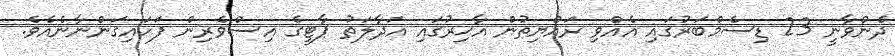
ދެންވާނީ 23 ޑިސެމްބަރުގައި އެއްވި ރައްޔިތުން އާޙިރުގައި އަދާލަތު ޕާޓީގެ އިސްވެރިން ފަހައިގަންނާނެއެވެ.